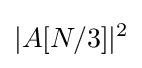
|A[N/3]|^{2}